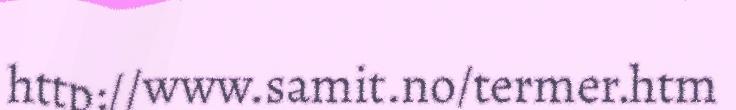
http://www.samit.no/termer.htm